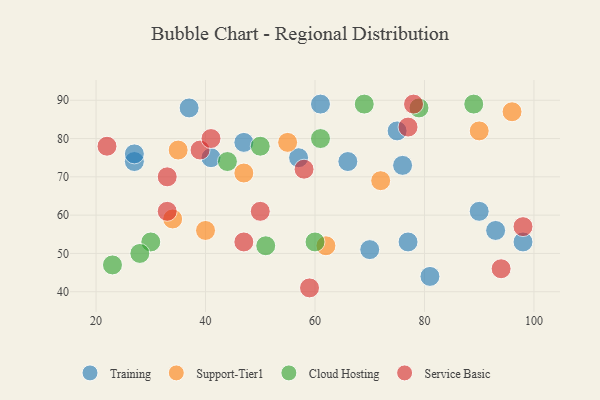
{"axis": {"x": "GDP", "y": "Life Expectancy"}, "legend": ["Cloud Hosting", "Service Basic", "Support-Tier1", "Training"], "data": [{"x": "57", "y": 75, "type": "Training"}, {"x": "61", "y": 89, "type": "Training"}, {"x": "75", "y": 82, "type": "Training"}, {"x": "93", "y": 56, "type": "Training"}, {"x": "37", "y": 88, "type": "Training"}, {"x": "98", "y": 53, "type": "Training"}, {"x": "81", "y": 44, "type": "Training"}, {"x": "90", "y": 61, "type": "Training"}, {"x": "41", "y": 75, "type": "Training"}, {"x": "66", "y": 74, "type": "Training"}, {"x": "76", "y": 73, "type": "Training"}, {"x": "27", "y": 74, "type": "Training"}, {"x": "77", "y": 53, "type": "Training"}, {"x": "70", "y": 51, "type": "Training"}, {"x": "47", "y": 79, "type": "Training"}, {"x": "27", "y": 76, "type": "Training"}, {"x": "34", "y": 59, "type": "Support-Tier1"}, {"x": "47", "y": 71, "type": "Support-Tier1"}, {"x": "62", "y": 52, "type": "Support-Tier1"}, {"x": "40", "y": 56, "type": "Support-Tier1"}, {"x": "96", "y": 87, "type": "Support-Tier1"}, {"x": "90", "y": 82, "type": "Support-Tier1"}, {"x": "35", "y": 77, "type": "Support-Tier1"}, {"x": "72", "y": 69, "type": "Support-Tier1"}, {"x": "55", "y": 79, "type": "Support-Tier1"}, {"x": "23", "y": 47, "type": "Cloud Hosting"}, {"x": "89", "y": 89, "type": "Cloud Hosting"}, {"x": "44", "y": 74, "type": "Cloud Hosting"}, {"x": "60", "y": 53, "type": "Cloud Hosting"}, {"x": "61", "y": 80, "type": "Cloud Hosting"}, {"x": "51", "y": 52, "type": "Cloud Hosting"}, {"x": "30", "y": 53, "type": "Cloud Hosting"}, {"x": "28", "y": 50, "type": "Cloud Hosting"}, {"x": "79", "y": 88, "type": "Cloud Hosting"}, {"x": "69", "y": 89, "type": "Cloud Hosting"}, {"x": "50", "y": 78, "type": "Cloud Hosting"}, {"x": "50", "y": 61, "type": "Service Basic"}, {"x": "39", "y": 77, "type": "Service Basic"}, {"x": "33", "y": 61, "type": "Service Basic"}, {"x": "94", "y": 46, "type": "Service Basic"}, {"x": "47", "y": 53, "type": "Service Basic"}, {"x": "77", "y": 83, "type": "Service Basic"}, {"x": "78", "y": 89, "type": "Service Basic"}, {"x": "98", "y": 57, "type": "Service Basic"}, {"x": "41", "y": 80, "type": "Service Basic"}, {"x": "33", "y": 70, "type": "Service Basic"}, {"x": "58", "y": 72, "type": "Service Basic"}, {"x": "59", "y": 41, "type": "Service Basic"}, {"x": "22", "y": 78, "type": "Service Basic"}]}